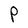
Character: P